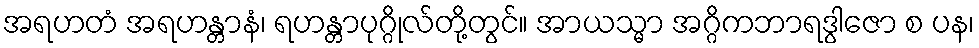
အရဟတံ အရဟန္တာနံ၊ ရဟန္တာပုဂ္ဂိုလ်တို့တွင်။ အာယသ္မာ အဂ္ဂိကဘာရဒွါဇော စ ပန၊